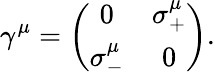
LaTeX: \gamma^{\mu}=\left(\begin{array}{cc}{{0}}&{{\sigma_{+}^{\mu}}}\\ {{\sigma_{-}^{\mu}}}&{{0}}\end{array}\right).